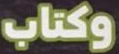
وكتاب